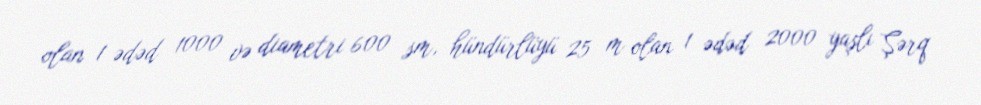
olan 1 ədəd 1000 və diametri 600 sm, hündürlüyü 25 m olan 1 ədəd 2000 yaşlı Şərq